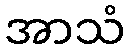
အာသံ